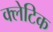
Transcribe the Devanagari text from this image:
क्लेटिक